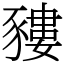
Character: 䝏